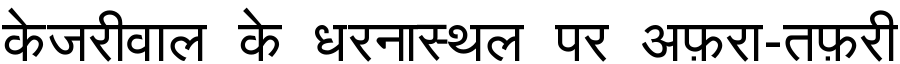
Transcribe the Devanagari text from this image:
केजरीवाल के धरनास्थल पर अफ़रा-तफ़री